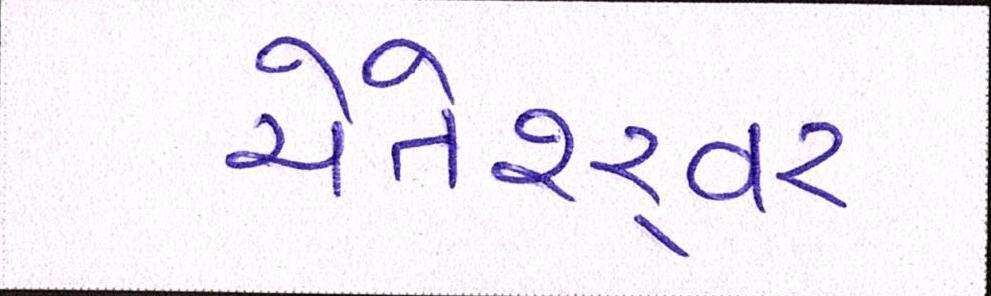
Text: ચેતેશ્ર્વર